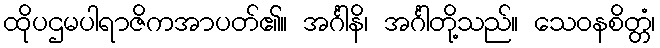
ထိုပဌမပါရာဇိကအာပတ်၏။ အင်္ဂါနိ၊ အင်္ဂါတို့သည်။ သေဝနစိတ္တံ၊